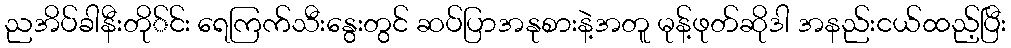
ညအိပ်ခါနီးတို်င်း ရေကြက်သီးနွေးတွင် ဆပ်ပြာအနုစားနဲ့အတူ မုန့်ဖုတ်ဆိုဒါ အနည်းငယ်ထည့်ပြီး